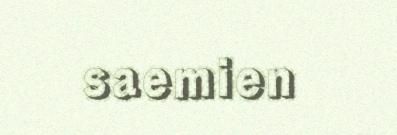
saemien